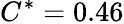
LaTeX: C^{*}=0.46